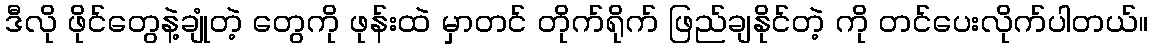
ဒီလို ဖိုင်တွေနဲ့ချုံတဲ့ တွေကို ဖုန်းထဲ မှာတင် တိုက်ရိုက် ဖြည်ချနိုင်တဲ့ ကို တင်ပေးလိုက်ပါတယ်။